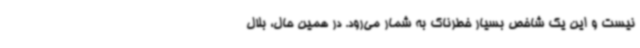
نیست و این یک شاخص بسیار خطرناک به شمار می‌رود. در همین حال، بلال